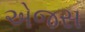
એજસ